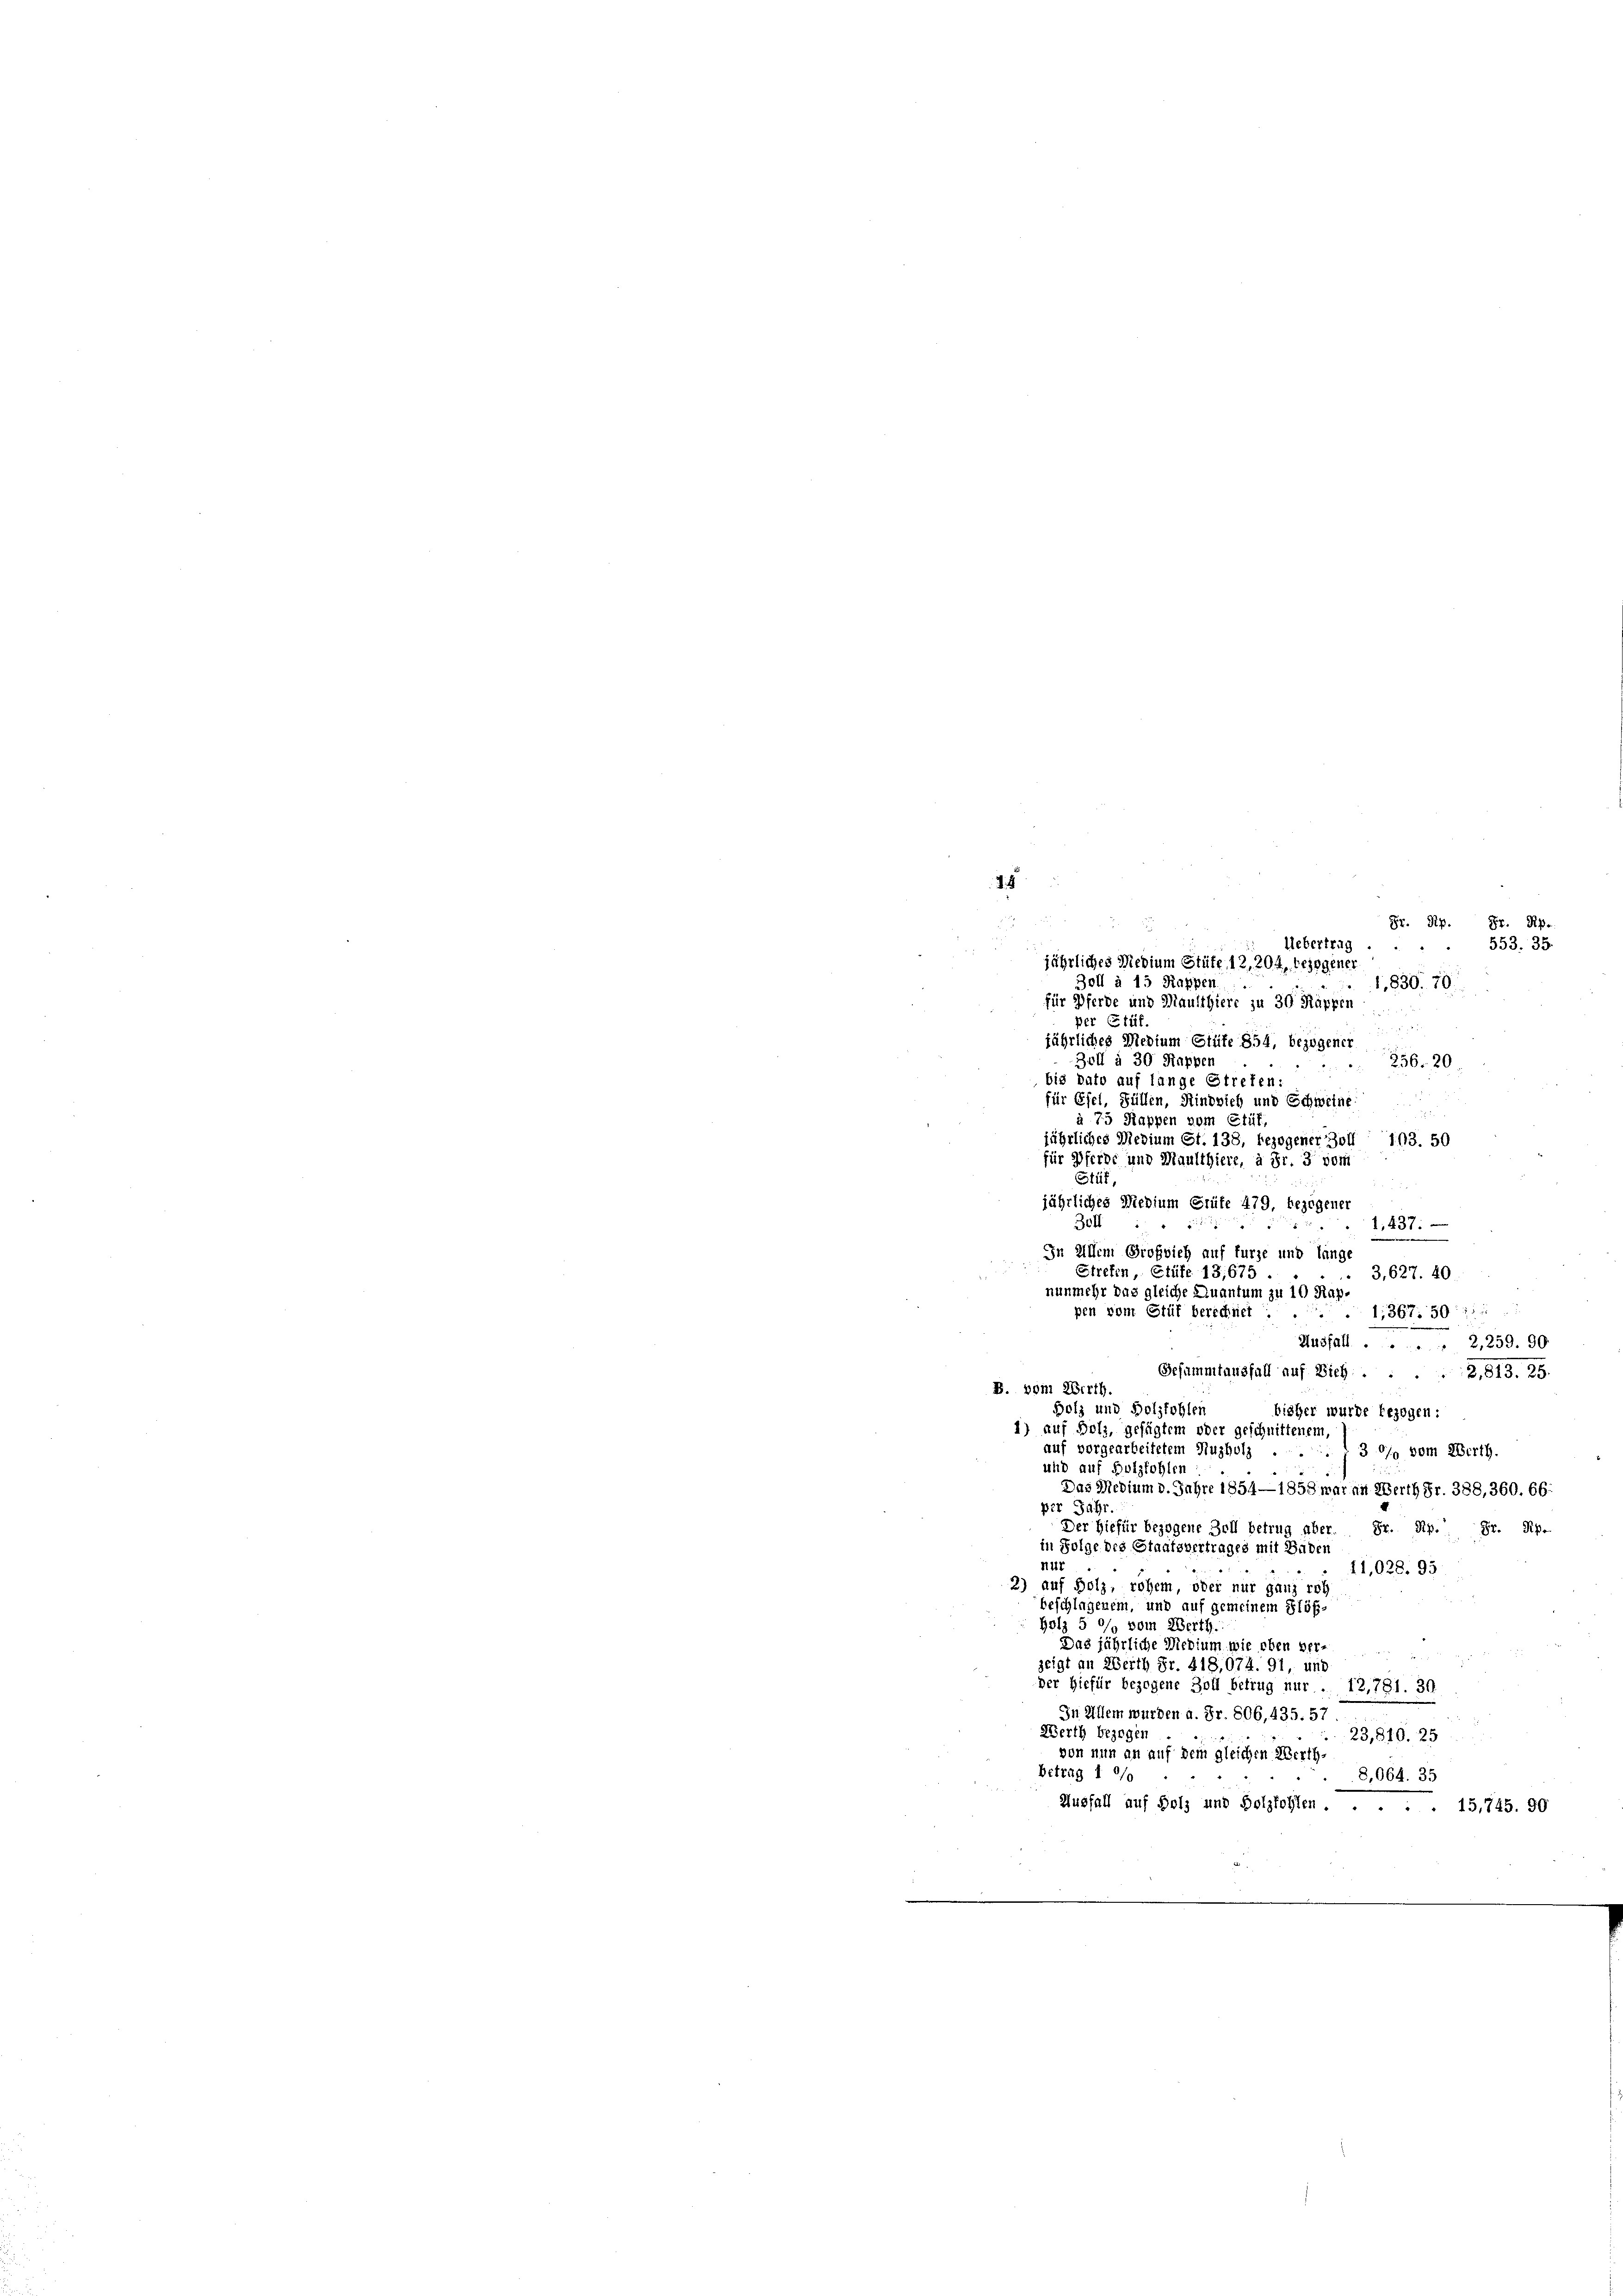
8

Gr. Pip. Gr. Rp.
Uebertrag
jährliches Medium Stüte, 12, 204, bezogener
Zoll à 15 Rappen.
1,830. 70.
für Pferde und Maulthiere zu 30 Rappen
per Stüf.
15
jährliches Medium Glüfe 854, bezogener
3el à 30 Rapper
256. 20
bis dato auf länge Streten:
für Efel, Füllen, Rindvieh und Schweine
à 75 Rappen vom Stif
jährliches Medium St. 138, bezogener 301
193. 50
für Pferde und Maulthiere, à Fr. 3 vom
Stüf,

jährliches Medium Grüte 479. bezogenen
Jell
u
1,437.
In Allem Großvieh auf fürze und länge
Strefen, Etüfe 13,675.
3,627. 40
11367. 50714
Husfall. 2,259. 90
Gesammtausfall auf Dich 2,813. 25.
bisher wurde bezogen:
auf vorgearbeitetem Nuzholz
30/9 vom Berth.
und auf Holzfohlen:
Das Medium d. Jahre 1854—1858 waren Werth Fr. 388, 360. 66:
per Jahr
Der hiefür bezogene Zoll betrug über. Fr. Rp. fr. Rp.
in Folge des Staatsvertrages mit Baden
nur
11,028. 95
2) auf Holz, rohem oder nur ganz rot
beschlagenem, und auf gemeinem Flöß¬
Holz 5 °/o vom Werth.
Das jährliche Medium, wie eben verzeigt an Werth Fr. 418,074. 91, und
der hiefür bezogene Zoll betrug nur . 12,781. 36
In Allem wurden a. Fr. 806, 435. 57
Werth bezogen
23,510. 25
von nun an auf dem gleichen Werth
betrag I 0/0
8,064. 35
Ausfall auf Holz und Holzfohlen. 15,745. 90

nunmehr das gleiche Quantum zu 10 Rap¬

pen vom Stüt berechnet .
B. vom Wirth,
Holz und Holzfohlen
1) auf Holz, gefügtem oder geschnittenem,

553. 35.